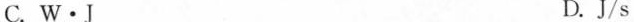
C.W\cdot J D.J/s